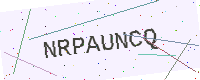
Text: NRPAUNCQ